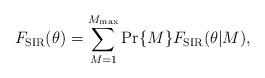
LaTeX: \begin{align*} F_{\textrm{SIR}}(\theta) = \sum_{M = 1}^{M_{\textrm{max}}} \Pr\{M\} F_{\textrm{SIR}}(\theta | M),\end{align*}